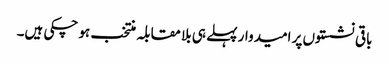
باقی نشستوں پر امیدوار پہلے ہی بلا مقابلہ منتخب ہو چکی ہیں۔